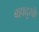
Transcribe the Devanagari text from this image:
बहादुरके